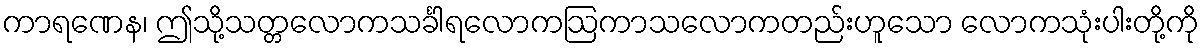
ကာရဏေန၊ ဤသို့သတ္တလောကသင်္ခါရလောကဩကာသလောကတည်းဟူသော လောကသုံးပါးတို့ကို